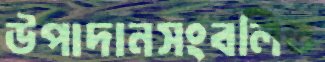
উপাদানসংবলিত